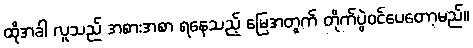
ထိုအခါ လူသည် အစားအစာ ရနေသည့် မြေအတွက် တိုက်ပွဲဝင်ပေတော့မည်။